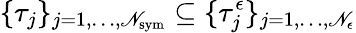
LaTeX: \{ \tau_{j}\} _{j=1,\dots,\mathscr{N}_{\mathrm{{sym}}}}\subseteq\{ \tau_{j}^{\epsilon}\} _{j=1,\dots,\mathscr{N}_{\epsilon}}